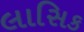
લાસિક